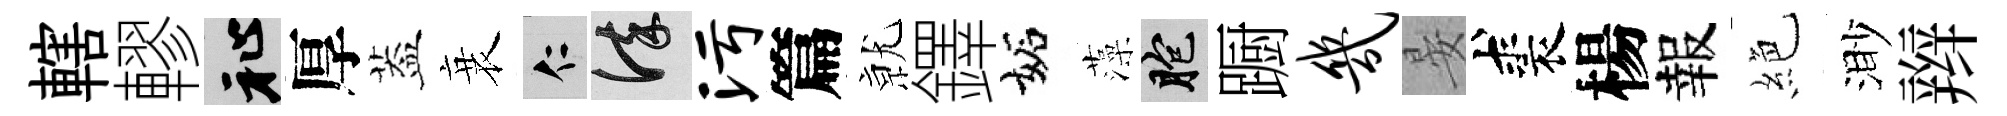
轄轇祉厚葢衰仁謹污篇𭕒鐸妬藻胞蹰几晏裘楊報絶渺辫